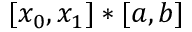
[ x _ { 0 } , x _ { 1 } ] * [ a , b ]